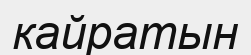
кайратын